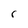
Character: r